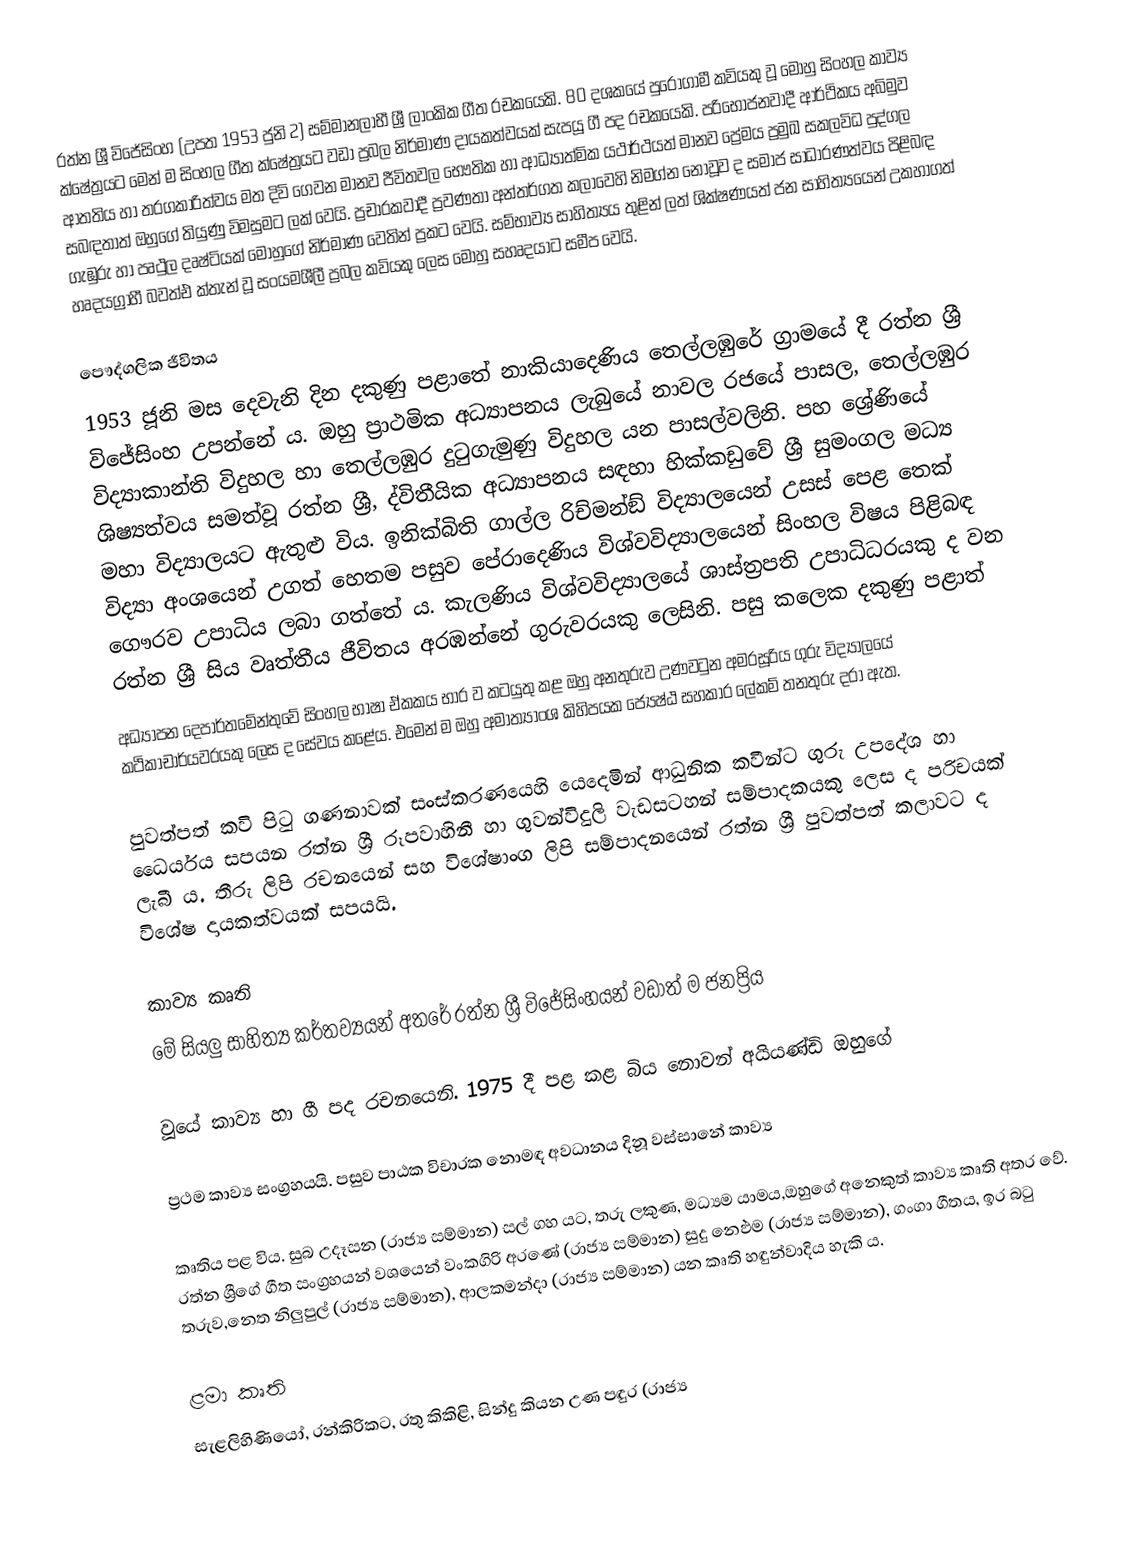
රත්න ශ්‍රී විජේසිංහ  (උපත 1953 ජුනි 2) සම්මානලාභී ශ්‍රී ලාංකික ගීත රචකයෙකි. 80 දශකයේ පුරෝගාමී කවියකු වූ මොහු සිංහල කාව්‍ය ක්ෂේත්‍රයට මෙන් ම සිංහල  ගීත ක්ෂේත්‍රයට වඩා ප්‍රබල නිර්මාණ දායකත්වයක් සැපයූ ගී පද රචකයෙකි. පරිභෝජනවාදී ආර්ථිකය අබිමුව ආතතිය හා තරගකාරිත්වය මත දිවි ගෙවන මානව ජීවිතවල භෞතික හා ආධ්‍යාත්මික යථාර්ථයත් මානව ප්‍රේමය ප්‍රමුඛ සකලවිධ පුද්ගල සබඳතාත් ඔහුගේ තියුණු විමසුමට ලක් වෙයි. ප්‍රචාරකවාදී ප්‍රවණතා අන්තර්ගත කලාවෙහි නිමග්න නොවූව ද සමාජ සාධාරණත්වය පිළිබඳ ගැඹුරු හා පෘථුල දෘෂ්ටියක් මොහුගේ නිර්මාණ වෙතින් ප්‍රකට වෙයි. සම්භාව්‍ය සාහිත්‍යය තුළින් ලත් ශික්ෂණයත් ජන සාහිත්‍යයෙන් උකහාගත් හෘදයග්‍රාහී බවත්එ ක්තැන් වූ සංයමශීලී ප්‍රබල කවියකු ලෙස මොහු සහෘදයාට සමීප වෙයි.

පෞද්ගලික ජීවිතය
1953 ජූනි මස දෙවැනි දින දකුණු පළාතේ නාකියාදෙණිය තෙල්ලඹුරේ ග්‍රාමයේ දී රත්න ශ්‍රී විජේසිංහ උපන්නේ ය. ඔහු ප්‍රාථමික අධ්‍යාපනය ලැබුයේ නාවල රජයේ පාසල, තෙල්ලඹුර විද්‍යාකාන්ති විදුහල හා තෙල්ලඹුර දුටුගැමුණු විදුහල යන පාසල්වලිනි. පහ ශ්‍රේණියේ ශිෂ්‍යත්වය සමත්වූ රත්න ශ්‍රී, ද්විතීයික අධ්‍යාපනය සඳහා හික්කඩුවේ ශ්‍රී සුමංගල මධ්‍ය මහා විද්‍යාලයට ඇතුළු විය. ඉනික්බිති ගාල්ල රිච්මන්ඞ් විද්‍යාලයෙන් උසස් පෙළ තෙක් විද්‍යා අංශයෙන් උගත් හෙතම පසුව පේරාදෙණිය විශ්වවිද්‍යාලයෙන් සිංහල විෂය පිළිබඳ ගෞරව උපාධිය ලබා ගත්තේ ය. කැලණිය විශ්වවිද්‍යාලයේ ශාස්ත්‍රපති උපාධිධරයකු ද වන රත්න ශ්‍රී සිය වෘත්තීය ජීවිතය අරඹන්නේ ගුරුවරයකු ලෙසිනි. පසු කලෙක දකුණු පළාත්
අධ්‍යාපන දෙපාර්තමේන්තුවේ සිංහල භාෂා ඒකකය භාර ව කටයුතු කළ ඔහු අනතුරුව උණවටුන අමරසූරිය ගුරු විද්‍යාලයේ කථිකාචාර්යවරයකු ලෙස ද සේවය කළේය. එමෙන් ම ඔහු අමාත්‍යාංශ කිහිපයක ජ්‍යෙෂ්ඨ සහකාර ලේකම් තනතුරු දරා ඇත.

පුවත්පත් කවි පිටු ගණනාවක් සංස්කරණයෙහි යෙදෙමින් ආධුනික කවීන්ට ගුරු උපදේශ හා ධෛර්යය සපයන රත්න ශ්‍රී රූපවාහිනී හා ගුවන්විදුලි වැඩසටහන් සම්පාදකයකු ලෙස ද පරිචයක් ලැබී ය. තීරු ලිපි රචනයෙන් සහ විශේෂාංග ලිපි සම්පාදනයෙන් රත්න ශ්‍රී පුවත්පත් කලාවට ද විශේෂ දායකත්වයක් සපයයි.

කාව්‍ය කෘති
මේ සියලු සාහිත්‍ය කර්තව්‍යයන් අතරේ රත්න ශ්‍රී විජේසිංහයන් වඩාත් ම ජනප්‍රිය

වූයේ කාව්‍ය හා ගී පද රචනයෙනි. 1975 දී පළ කළ බිය නොවන් අයියණ්ඩි ඔහුගේ

ප්‍රථම කාව්‍ය සංග්‍රහයයි. පසුව පාඨක විචාරක නොමඳ අවධානය දිනූ වස්සානේ කාව්‍ය

කෘතිය පළ විය. සුබ උදෑසන (රාජ්‍ය සම්මාන) සල් ගහ යට, තරු ලකුණ, මධ්‍යම යාමය,ඔහුගේ අනෙකුත් කාව්‍ය කෘති අතර වේ. රත්න ශ්‍රීගේ ගීත සංග්‍රහයන් වශයෙන් වංකගිරි අරණේ (රාජ්‍ය සම්මාන) සුදු නෙ`ඵම (රාජ්‍ය සම්මාන), ගංගා ගීතය, ඉර බටු තරුව,නෙත නිලුපුල් (රාජ්‍ය සම්මාන), ආලකමන්දා (රාජ්‍ය සම්මාන) යන කෘති හඳුන්වාදිය හැකි ය.

ළමා කෘති
සැළලිහිණියෝ, රන්කිරිකට, රතු කිකිළි, සින්දු කියන උණ පඳුර (රාජ්‍ය